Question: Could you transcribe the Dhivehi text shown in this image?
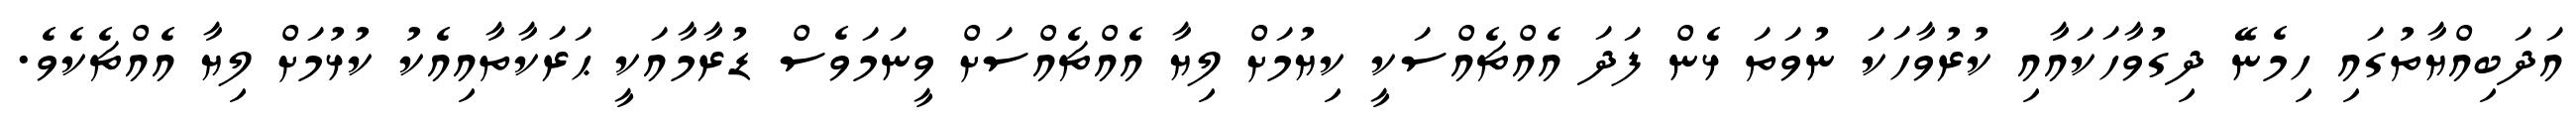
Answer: އަދަބިއްޔާތުގައި ހިމެނޭ ދިގުވާހަކައާއި ކުރުވާހަކަ ނުވަތަ ޅެން ފަދަ އެއްޗެއްސަކީ ކިޔުމަށް ލިޔާ އެއްޗެއްސަށް ވީނަމަވެސް ޑުރާމާއަކީ ޙަރަކާތާއިއެކު ކުޅުމަށް ލިޔާ އެއްޗެކެވެ.